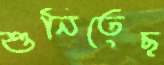
শুনিতেছ